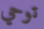
توحي